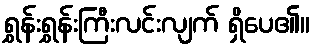
ရွှန်းရွှန်းကြီးလင်းလျက် ရှိပေ၏။